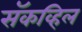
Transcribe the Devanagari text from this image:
सॅकव्हिल